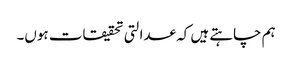
ہم چاہتے ہیں کہ عدالتی تحقیقات ہوں۔